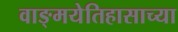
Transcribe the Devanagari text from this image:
वाङ्मयेतिहासाच्या